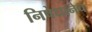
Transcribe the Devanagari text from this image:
निषेधानेच